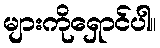
များကိုရှောင်ပါ။